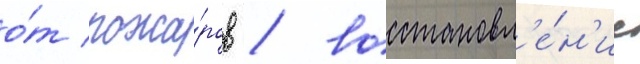
о́т пожа́ров / восстановл'е́н'ие